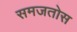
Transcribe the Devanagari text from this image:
समजतोस